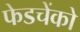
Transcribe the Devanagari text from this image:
फेडचेंको